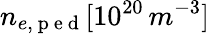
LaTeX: n_{e,\mathrm{~p~e~d~}}[10^{20}\, m^{-3}]